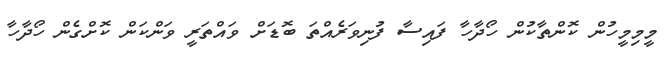
މީމިމީހުން ކޮންތާކުން ހޯދާހާ ފައިސާ ފުނިވަރެއްތަ ބޮޑަށް ވައްތަރީ ވަންކަން ކޮށްގެން ހޯދާހާ